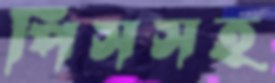
পিসসহ